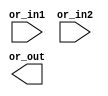
// This program was cloned from: https://github.com/chipsalliance/aib-phy-hardware
// License: Apache License 2.0

// SPDX-License-Identifier: Apache-2.0
// Copyright (C) 2019 Intel Corporation. 
//****************************************************************************************
// (C) 2011 Altera Corporation. .
//
//****************************************************************************************

//------------------------------------------------------------------------
// Description: standard or gate
//
//------------------------------------------------------------------------

module altr_hps_or
    (
    input  wire              or_in1,     // and input 1
    input  wire              or_in2,     // and input 2
    output  wire             or_out      // or output
     );

`ifdef ALTR_HPS_INTEL_MACROS_OFF
    assign or_out = or_in1 | or_in2;
`else
`endif

endmodule // altr_hps_or